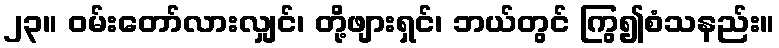
၂၃။ ဝမ်းတော်လားလျှင်၊ တို့ဖျားရှင်၊ ဘယ်တွင် ကြွ၍စံသနည်း။